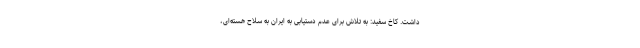
داشت. کاخ سفید: به تلاش برای عدم دستیابی به ایران به سلاح هسته‌ای،